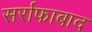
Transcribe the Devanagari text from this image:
सर्राफाबाद